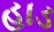
હાડ